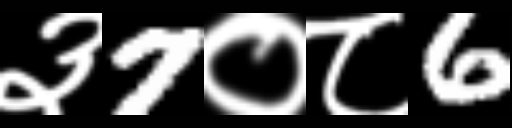
Text: ३7०८6